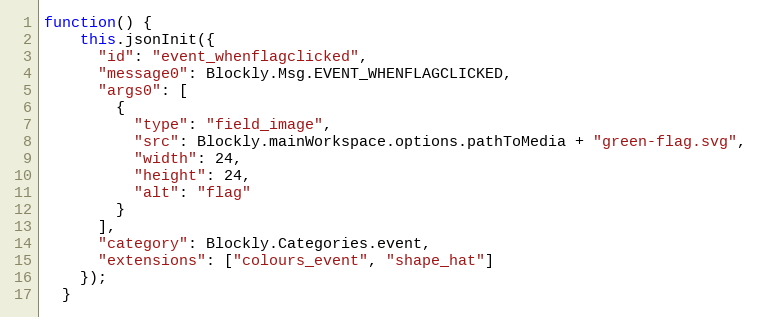
Language: JavaScript
function() {
    this.jsonInit({
      "id": "event_whenflagclicked",
      "message0": Blockly.Msg.EVENT_WHENFLAGCLICKED,
      "args0": [
        {
          "type": "field_image",
          "src": Blockly.mainWorkspace.options.pathToMedia + "green-flag.svg",
          "width": 24,
          "height": 24,
          "alt": "flag"
        }
      ],
      "category": Blockly.Categories.event,
      "extensions": ["colours_event", "shape_hat"]
    });
  }